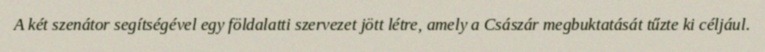
A két szenátor segítségével egy földalatti szervezet jött létre, amely a Császár megbuktatását tűzte ki céljául.